Leaving Certificate Examination (including Day School Certificate (Higher) General paper), 1929
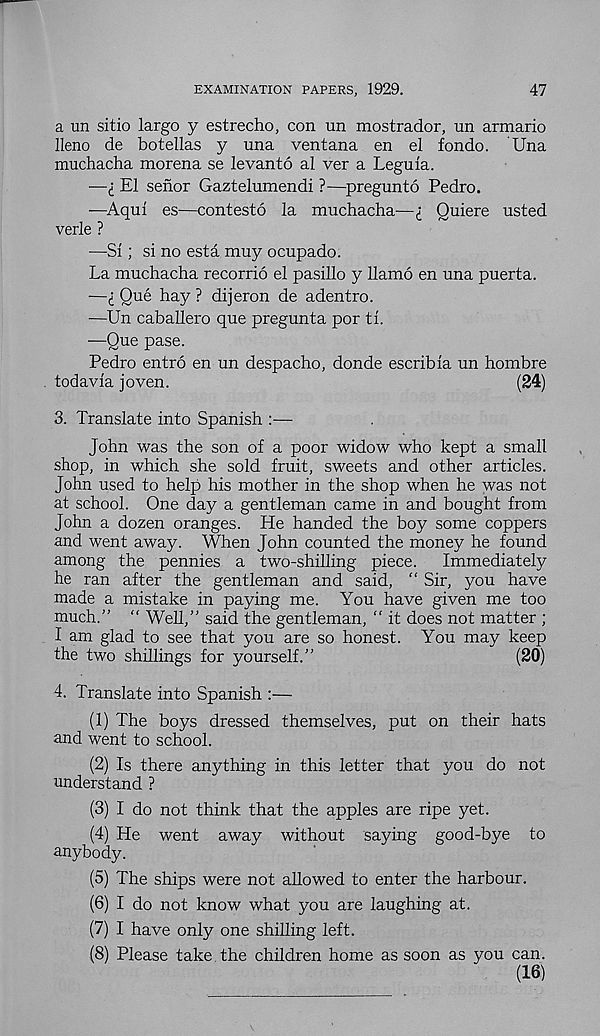
EXAMINATION PAPERS, 1929.
47
a un sitio largo y estrecho, con un mostrador, un armario
lleno de botellas y una ventana en el fondo. Una
muchacha morena se levanto al ver a Leguia.
—I El senor Gaztelumendi ?—pregunto Pedro.
—Aqui es—contesto la muchacha—i Quiere usted
verle ?
—Si; si no esta muy ocupado.
La muchacha recorrio el pasillo y llamo en una puerta.
—<: Que hay ? dijeron de adentro.
—Un caballero que pregunta por ti.
—Que pase.
Pedro entro en un despacho, donde escribia un hombre
todavia joven.
(24)
3. Translate into Spanish :—
John was the son of a poor widow who kept a small
shop, in which she sold fruit, sweets and other articles.
John used to help his mother in the shop when he was not
at school. One day a gentleman came in and bought from
John a dozen oranges. He handed the boy some coppers
and went away. When John counted the money he found
among the pennies a two-shilling piece.
Immediately
he ran after the gentleman and said, “ Sir, you have
made a mistake in paying me. You have given me too
much.” “ Well,” said the gentleman, “ it does not matter ;
I am glad to see that you are so honest. You may keep
the two shillings for yourself.”
(20)
4. Translate into Spanish :—
(1) The boys dressed themselves, put on their hats
and went to school.
(2) Is there anything in this letter that you do not
understand ?
(3) I do not think that the apples are ripe yet.
(4) He went away without saying good-bye to
anybody.
(5) The ships were not allowed to enter the harbour.
(6) I do not know what you are laughing at.
(7) I have only one shilling left.
(8) Please take the children home as soon as you can.
(16)